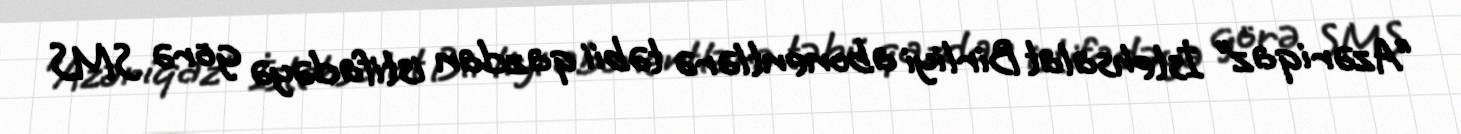
“Azəriqaz” İstehsalat Birliyi abonentlərə təbii qazdan istifadəyə görə SMS